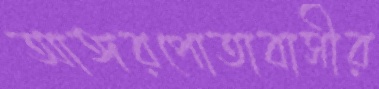
আঙ্গরপোতাবাসীর